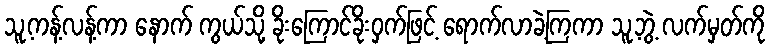
သူ့ကန့်လန့်ကာ နောက် ကွယ်သို့ ခိုးကြောင်ခိုးဝှက်ဖြင့် ရောက်လာခဲ့ကြကာ သူ့ဘွဲ့ လက်မှတ်ကို